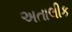
અતાલીક